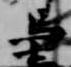
馬